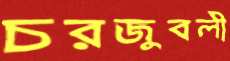
চরজুবলী